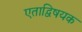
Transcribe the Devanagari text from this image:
एताद्विषयक